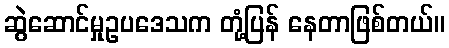
ဆွဲဆောင်မှုဥပဒေသက တုံ့ပြန် နေတာဖြစ်တယ်။